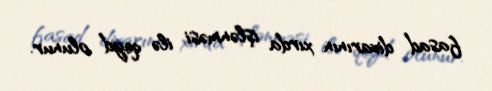
fasad divarının xırda işlənməsi ilə qeyd olunur.